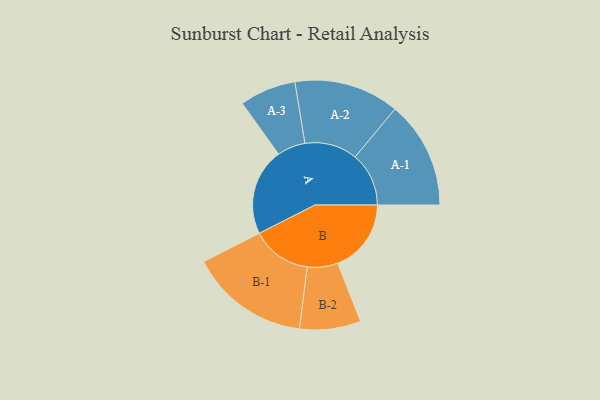
{"axis": {"x": "Segment", "y": "Value"}, "legend": ["", "A", "B"], "data": [{"x": "A", "y": 371, "type": ""}, {"x": "B", "y": 313, "type": ""}, {"x": "A-1", "y": 229, "type": "A"}, {"x": "A-2", "y": 224, "type": "A"}, {"x": "A-3", "y": 120, "type": "A"}, {"x": "B-1", "y": 255, "type": "B"}, {"x": "B-2", "y": 130, "type": "B"}]}